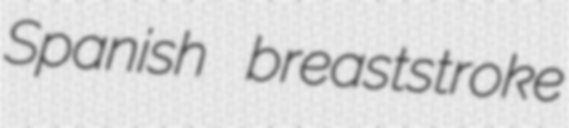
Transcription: Spanish breaststroke